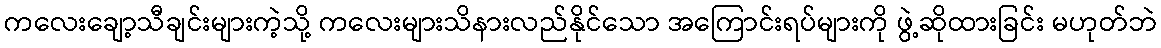
ကလေးချော့သီချင်းများကဲ့သို့ ကလေးများသိနားလည်နိုင်သော အကြောင်းရပ်များကို ဖွဲ့ဆိုထားခြင်း မဟုတ်ဘဲ